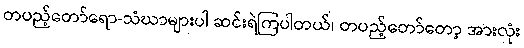
တပည့်တော်ရော-သံဃာများပါ ဆင်းရဲကြပါတယ်၊ တပည့်တော်တော့ အားလုံး